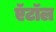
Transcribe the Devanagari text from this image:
ऍटॉल